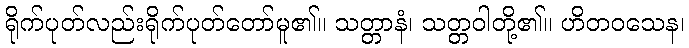
ရိုက်ပုတ်လည်းရိုက်ပုတ်တော်မူ၏။ သတ္တာနံ၊ သတ္တဝါတို့၏။ ဟိတဝသေန၊